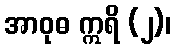
အာဝုဓ ဣရိ (၂)၊